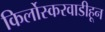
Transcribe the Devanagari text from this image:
किर्लोस्करवाडीहून